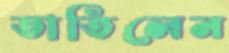
তাতিলেন